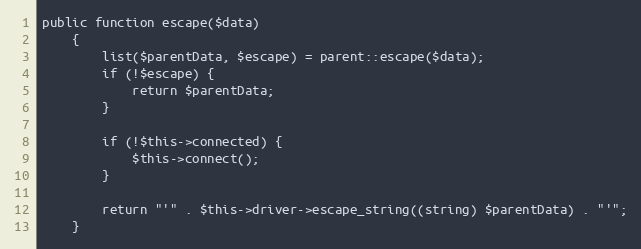
Language: PHP
public function escape($data)
    {
        list($parentData, $escape) = parent::escape($data);
        if (!$escape) {
            return $parentData;
        }

        if (!$this->connected) {
            $this->connect();
        }

        return "'" . $this->driver->escape_string((string) $parentData) . "'";
    }